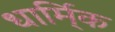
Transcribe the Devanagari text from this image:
धार्मि्क